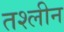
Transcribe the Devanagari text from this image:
तश्लीन